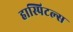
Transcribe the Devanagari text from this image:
हास्पिटल्स